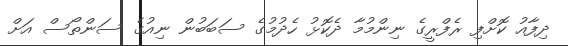
ދިފާއު ކޮށްފި ރެފްރީގެ ނިންމުމާ ދެކޮޅު ހެދުމުގެ ސަބަބުން ނިއުގެ ސަންތޯސް އަށް